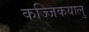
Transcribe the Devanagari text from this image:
कज्जिकयालु